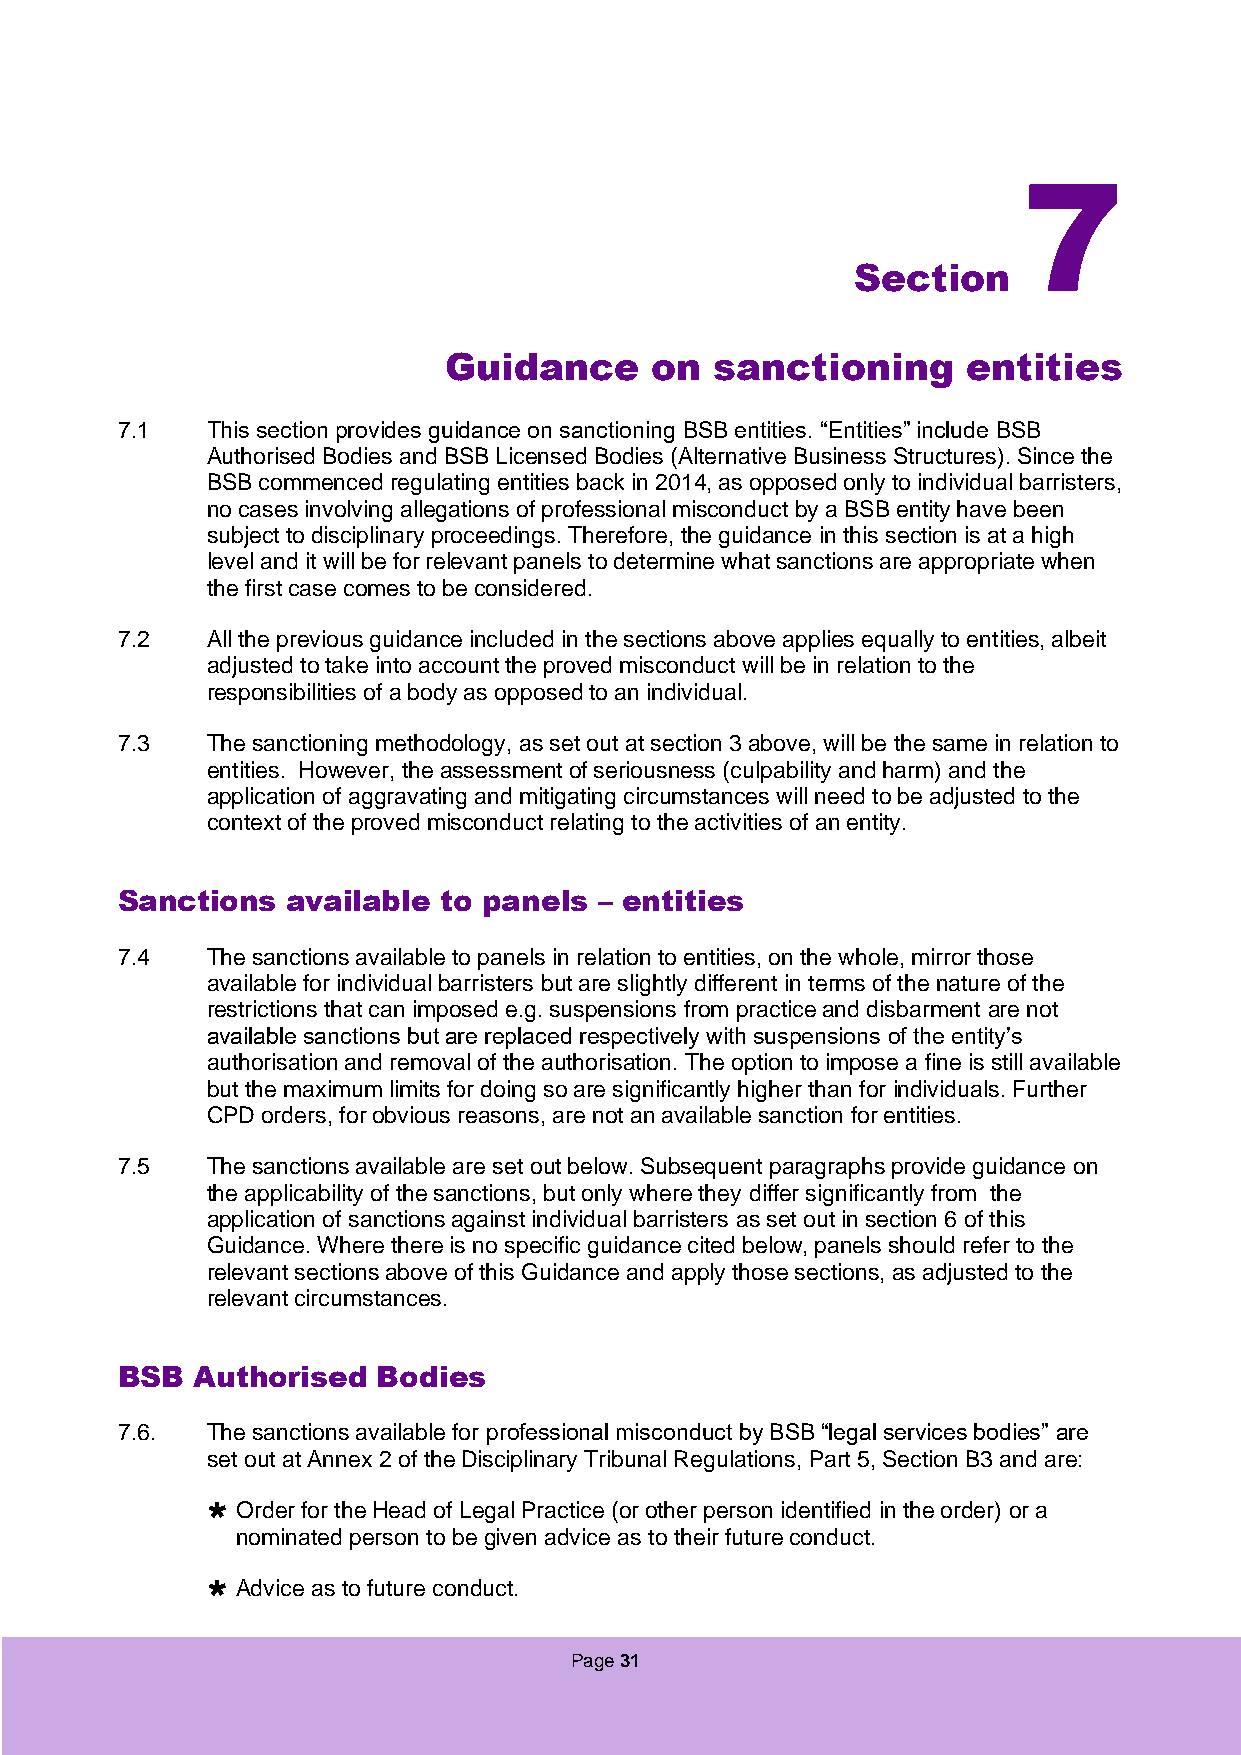
7
 Section
 Guidance      on  sanctioning      entities
 7.1   This section provides guidance on sanctioning BSB entities. “Entities” include BSB
 Authorised Bodies and BSB Licensed Bodies (Alternative Business Structures). Since the
 BSB commenced regulating entities back in 2014, as opposed only to individual barristers,
 no cases involving allegations of professional misconduct by a BSB entity have been
 subject to disciplinary proceedings. Therefore, the guidance in this section is at a high
 level and it will be for relevant panels to determine what sanctions are appropriate when
 the first case comes to be considered.
 7.2   All the previous guidance included in the sections above applies equally to entities, albeit
 adjusted to take into account the proved misconduct will be in relation to the
 responsibilities of a body as opposed to an individual.
 7.3   The sanctioning methodology, as set out at section 3 above, will be the same in relation to
 entities. However, the assessment of seriousness (culpability and harm) and the
 application of aggravating and mitigating circumstances will need to be adjusted to the
 context of the proved misconduct relating to the activities of an entity.
 Sanctions  available to panels  – entities
 7.4   The sanctions available to panels in relation to entities, on the whole, mirror those
 available for individual barristers but are slightly different in terms of the nature of the
 restrictions that can imposed e.g. suspensions from practice and disbarment are not
 available sanctions but are replaced respectively with suspensions of the entity’s
 authorisation and removal of the authorisation. The option to impose a fine is still available
 but the maximum limits for doing so are significantly higher than for individuals. Further
 CPD orders, for obvious reasons, are not an available sanction for entities.
 7.5   The sanctions available are set out below. Subsequent paragraphs provide guidance on
 the applicability of the sanctions, but only where they differ significantly from the
 application of sanctions against individual barristers as set out in section 6 of this
 Guidance. Where there is no specific guidance cited below, panels should refer to the
 relevant sections above of this Guidance and apply those sections, as adjusted to the
 relevant circumstances.
 BSB  Authorised  Bodies
 7.6.  The sanctions available for professional misconduct by BSB “legal services bodies” are
 set out at Annex 2 of the Disciplinary Tribunal Regulations, Part 5, Section B3 and are:
  Order for the Head of Legal Practice (or other person identified in the order) or a
 nominated person to be given advice as to their future conduct.
  Advice as to future conduct.
 Page 31